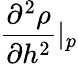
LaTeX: \frac{\partial^{2}\rho}{\partial h^{2}}\vert_{p}